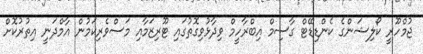
ޖުމްހޫރީ ކޯލިޝަންގެ ކެންޑިޑޭޓް ގާސިމް އިބްރާހީމް ވިދާޅުވިގޮތުގައި ޓޫރިޒަމާއި މަސްވެރިކަމުން އާމްދަނީ އިތުރުކޮށް